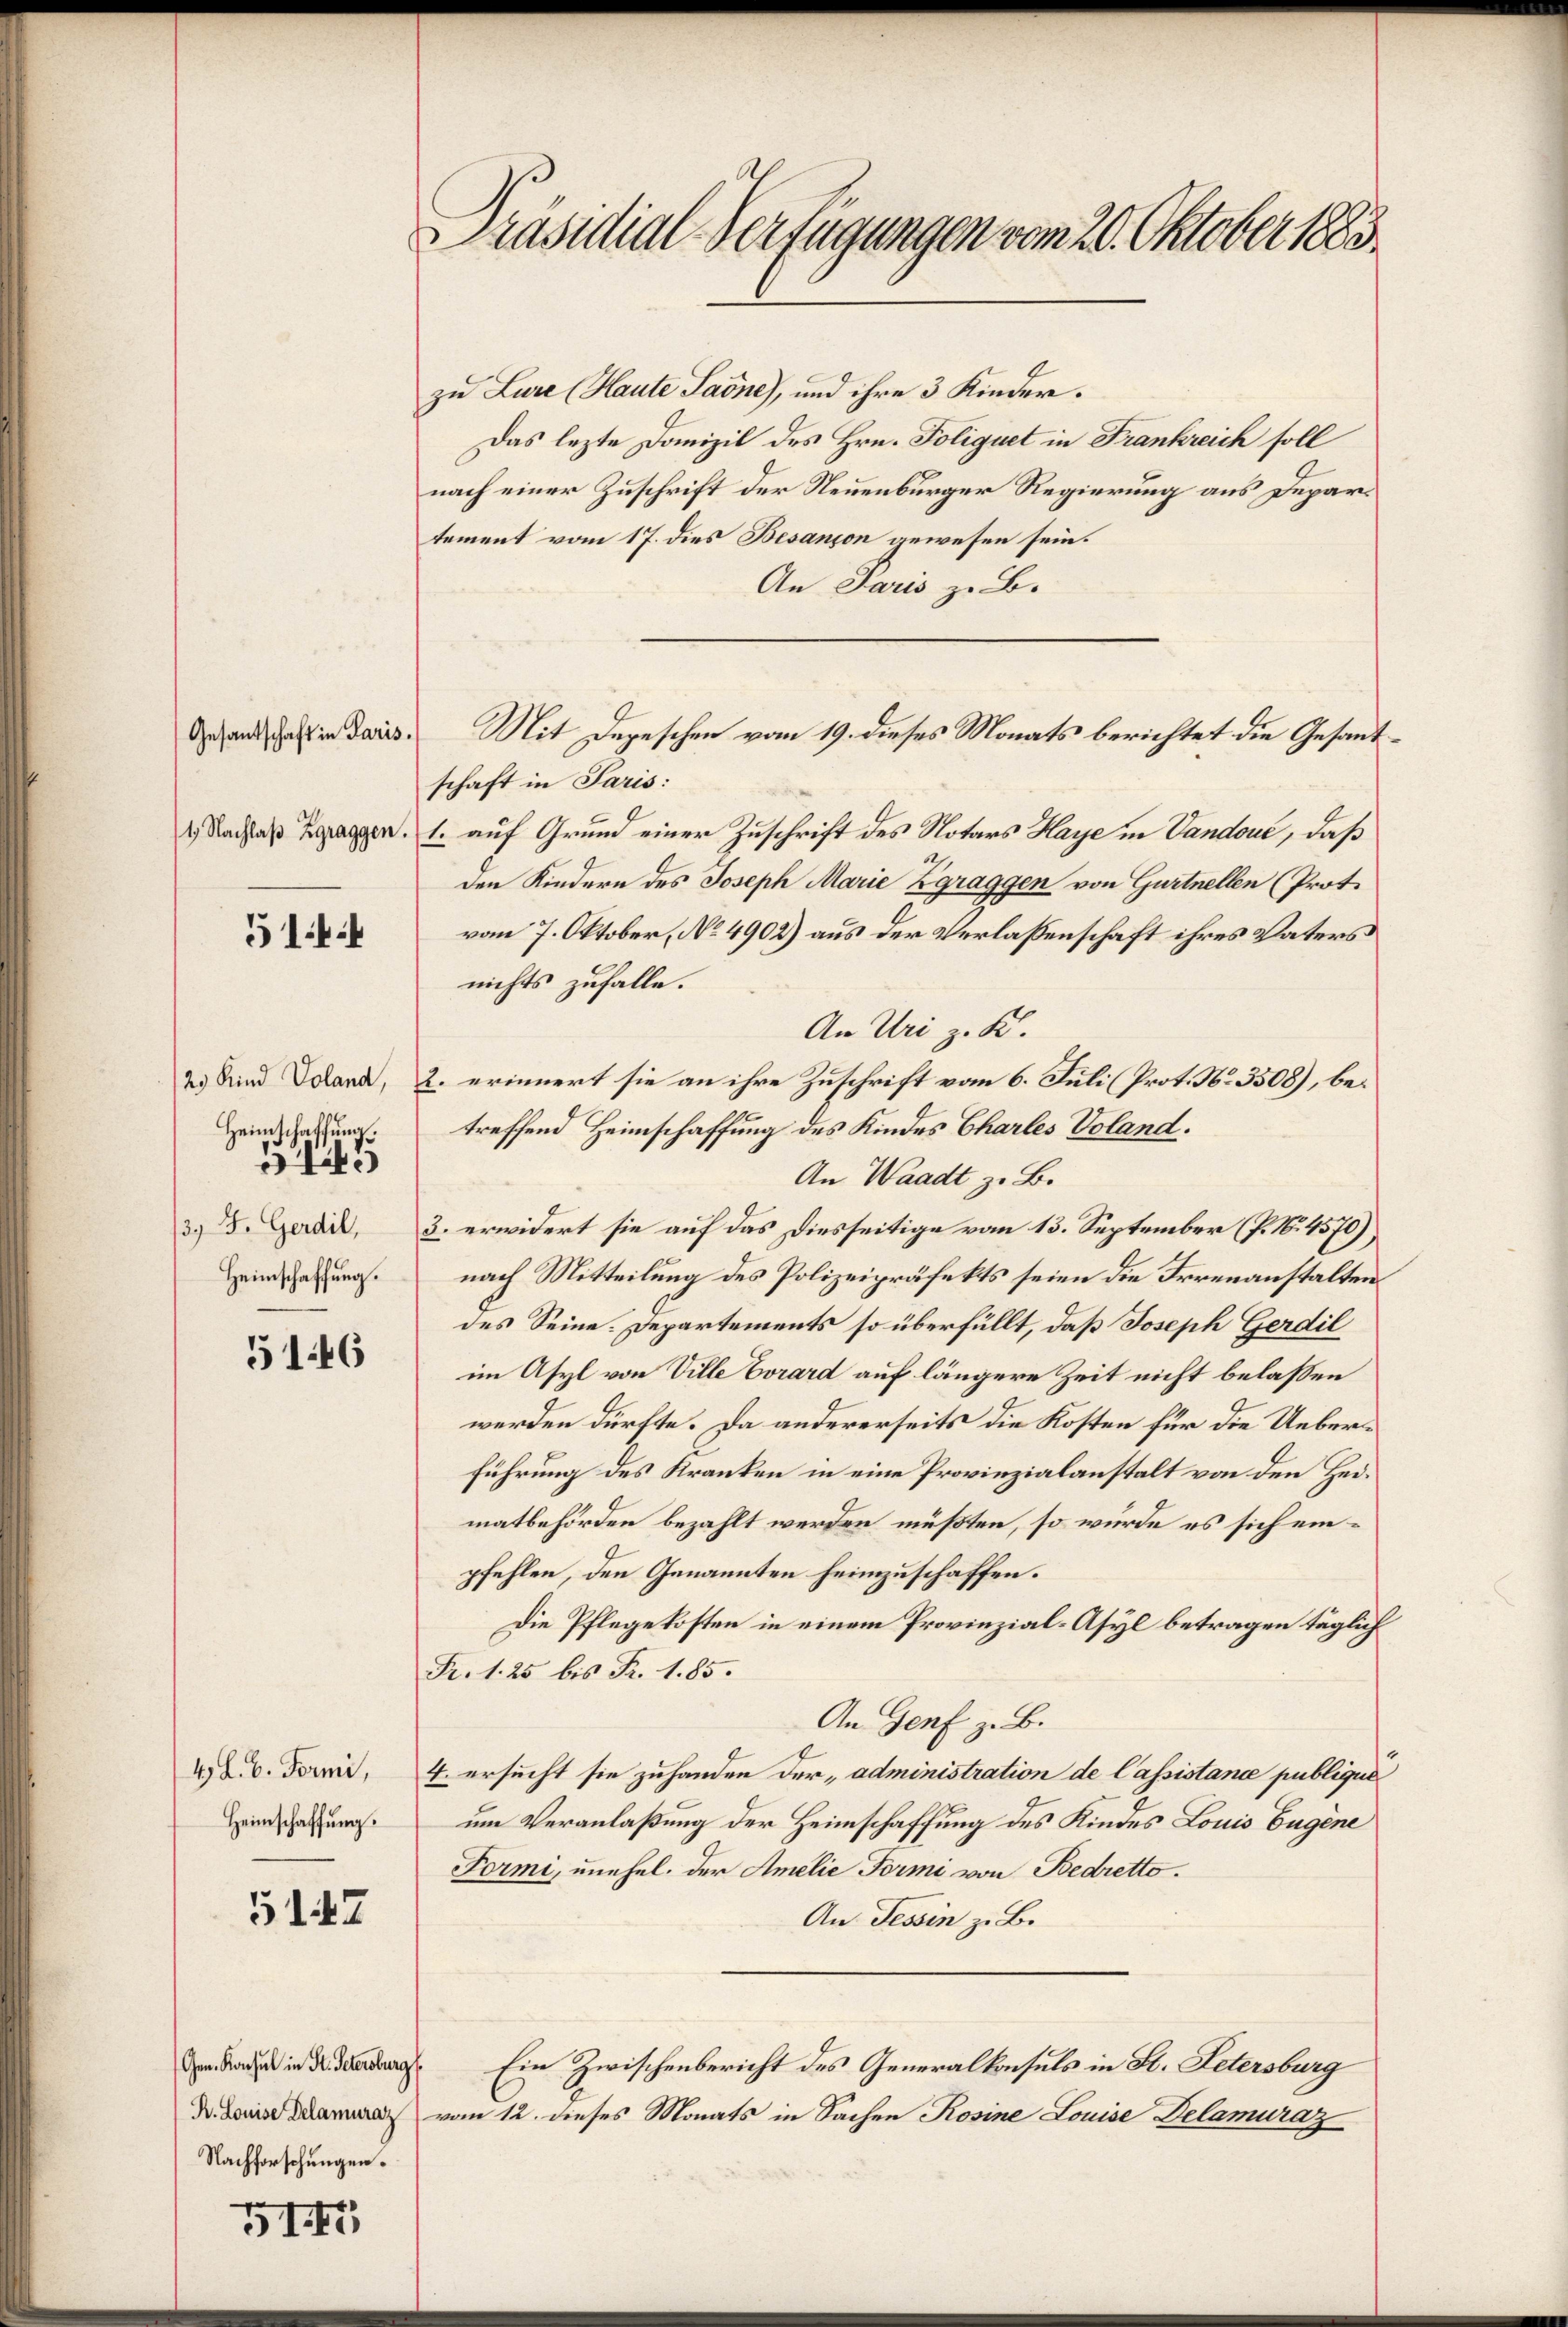
Gesantschaft in Paris.

514

Heimschaffung.

Heimschaffung.
A

5146

4. L. B. Formi,
Heimschaffung.

5147

Nachforschungen.

515

Präsidial-Verfügungen vom 20. Oktober 1883

zu Lure (Haute Laone), und ihre 3 Kinder.
Das lezte Domizil des Hrn. Poliquet in Frankreich soll
nach einer Zuschrift der Neuenburger Regierung aus Departement vom 17. dies Besançon gewesen sein.
An Paris z. B.

schaft in Paris:
1 Nachlaß gegen 1. auf Grund einer Zuschrift des Notars Harze in Vandouć, daß
den Kindern des Joseph Marie Zgraggen von Gurtnellen (Prot.
vom 7. Oktober, No 4902) aus der Verlassenschaft ihres Vaters
nichts zufalle.
An Uri z. B.
2 Kind Stand, 2. erinnert sie an ihre Zuschrift vom 6. Juli (Prot. No. 3508), betreffend Heimschaffung des Kindes Charles Voland.
An Waadt z. B.
3. d. Gardi, 3. erwidert sie auf das Diesseitige vom 13. September (P. Nr. 4570),
nach Mitteilung des Polizeipräfekts seien die Irrenanstalten
des Seine. Departements so überfüllt, daß Joseph Gerdil
im Asyl von Ville Vorard auf längere Zeit nicht belassen
werden dürfte. Da andererseits die Kosten für die Ueberführung des Kranken in eine Provinzialanstalt von den Heimatbehörden bezahlt werden müßten, so würde es sich einpfehlen, den Genannten heimzuschaffen.
Die Pflegekosten in einem Provinzial-Asyl betragen täglich
Fr. 1. 25 bis Fr. 1. 85.
An Genf z. B.
4. ersucht sie zuhanden der administration de Cassistance publique
um Veranlaßung der Heimschaffung des Kindes Louis Eugene
Formi, unehel. der Amelie Forme von Bedretto.
An Tessin z. B.
 Ein Zwischenbericht des Generalkonsuls in St. Petersburg
en vom 12. dieses Monats in Sachen Rosine Louise Delamuraz

Mit Depeschen vom 19. dieses Monats berichtet die Gesant¬